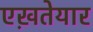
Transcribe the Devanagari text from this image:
एख़तेयार